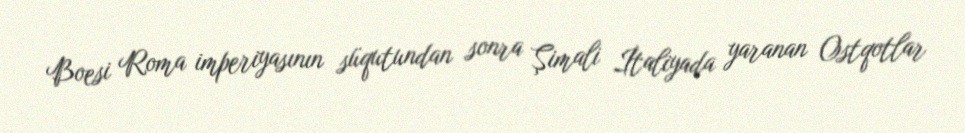
Boesi Roma imperiyasının süqutundan sonra Şimali İtaliyada yaranan Ostqotlar